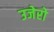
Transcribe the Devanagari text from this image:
उजेरो